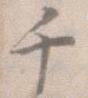
千